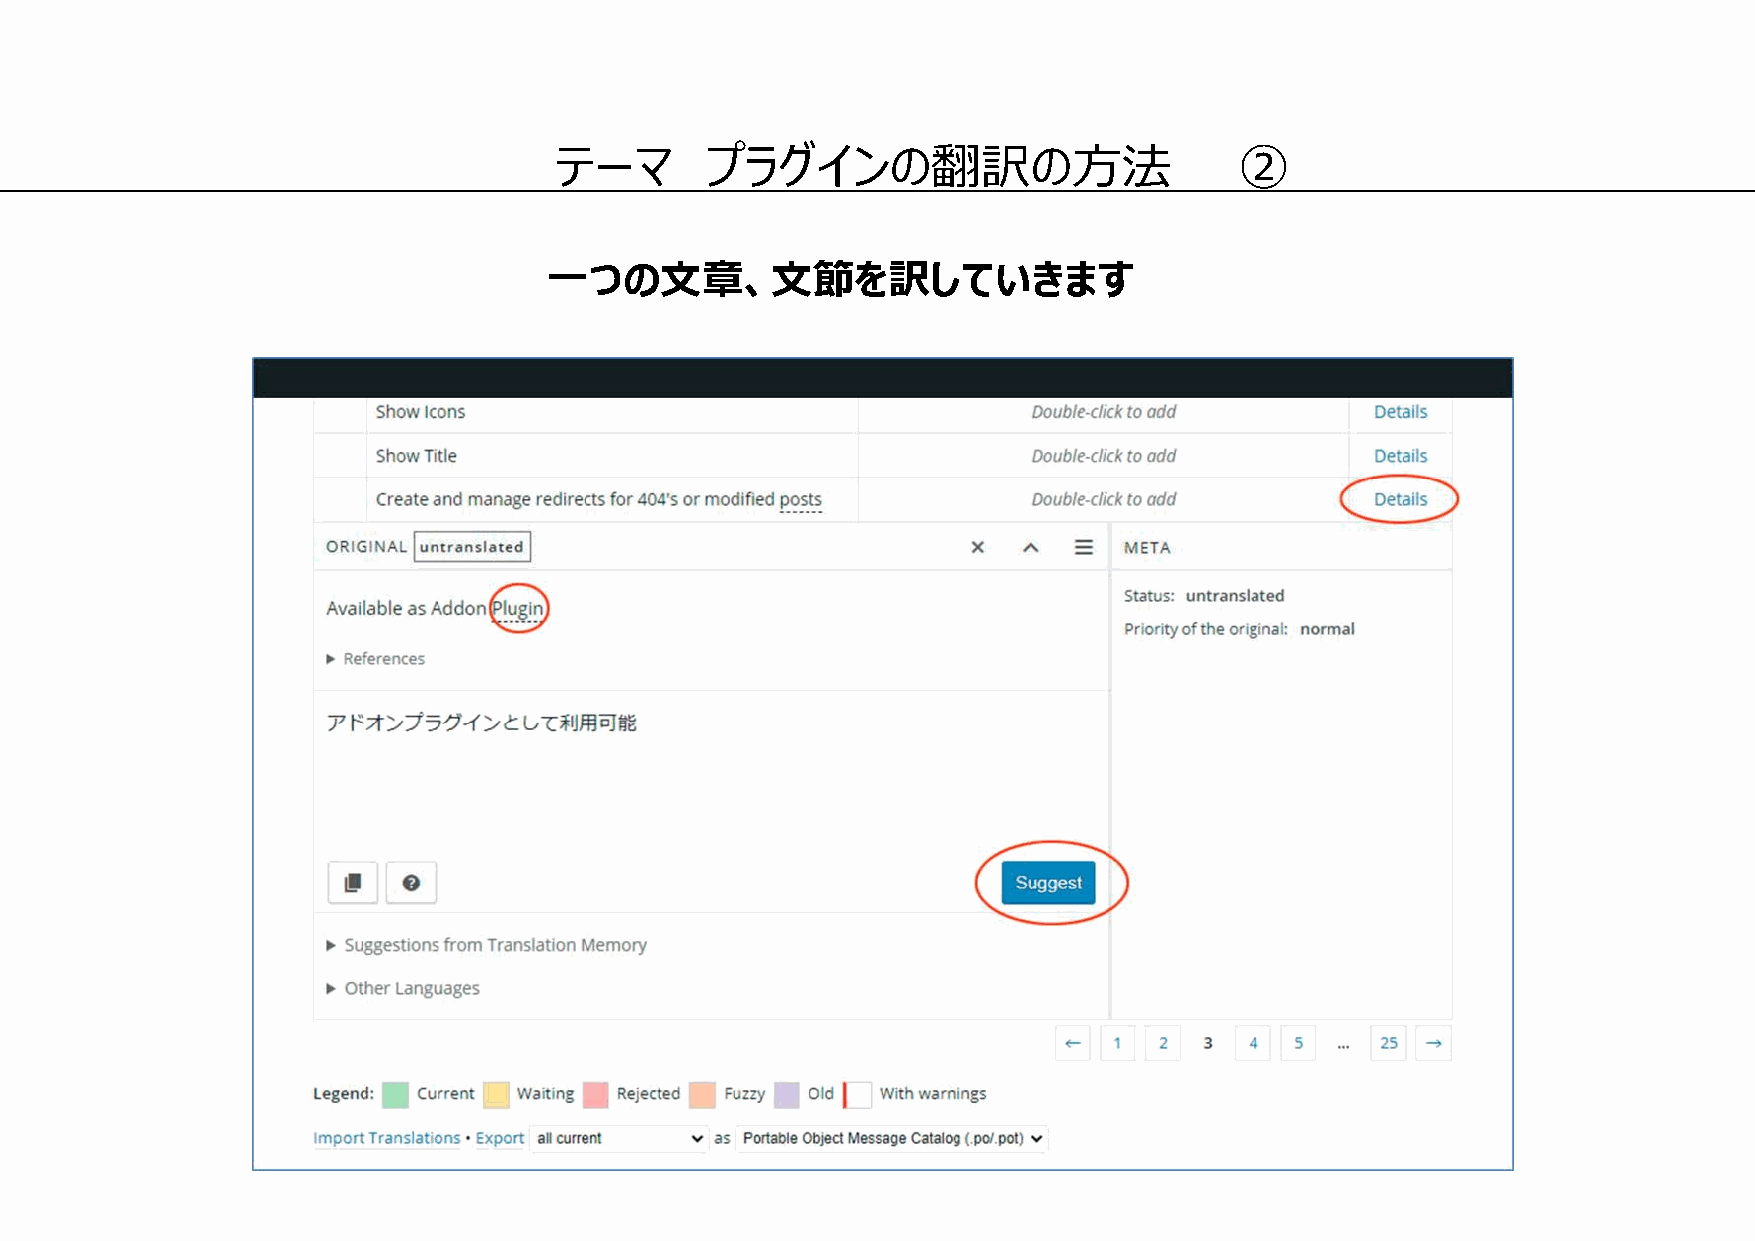
テーマ       プラグインの翻訳の方法                        ②
 一つの文章、文節を訳していきます